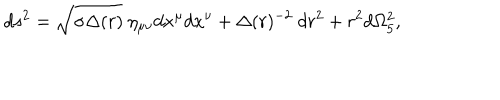
LaTeX: d s ^ { 2 } = \sqrt { \sigma \Delta ( r ) } ~ \eta _ { \mu \nu } d x ^ { \mu } d x ^ { \nu } + \Delta ( r ) ^ { - 2 } ~ d r ^ { 2 } + r ^ { 2 } d \Omega _ { 5 } ^ { 2 } ,